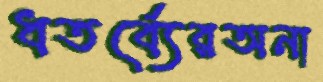
ধতর্ব্যেরঅনা